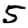
Digit: 5